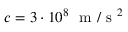
c = 3 \cdot 1 0 ^ { 8 } ~ \mathrm { ~ m ~ } / \mathrm { ~ s ~ } ^ { 2 }